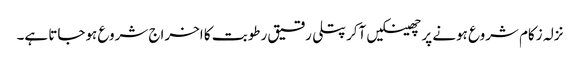
نزلہ زکام شروع ہونے پر چھینکیں آکر پتلی رقیق رطوبت کا اخراج شروع ہوجاتا ہے۔